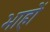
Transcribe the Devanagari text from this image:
भाहों